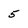
Character: 5